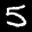
Label: 5